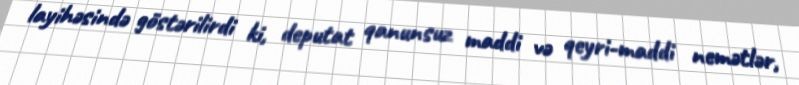
layihəsində göstərilirdi ki, deputat qanunsuz maddi və qeyri-maddi nemətlər,